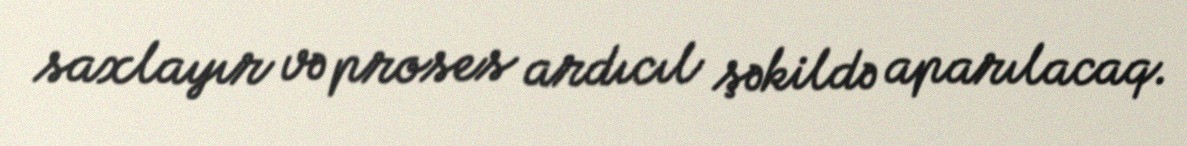
saxlayır və proses ardıcıl şəkildə aparılacaq.